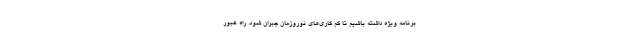
برنامه ویژه داشته باشیم تا کم کاری‌های نوروزمان جبران شود. راه عبور